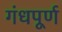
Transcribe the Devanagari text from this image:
गंधपूर्ण